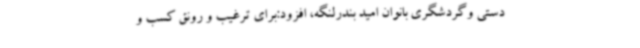
دستی وگردشگری بانوان امید بندرلنگه، افزود:برای ترغیب و رونق کسب و